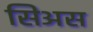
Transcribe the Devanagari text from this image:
सिअस